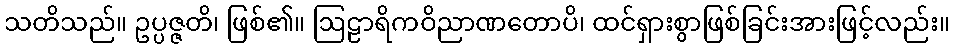
သတိသည်။ ဥပ္ပဇ္ဇတိ၊ ဖြစ်၏။ ဩဠာရိကဝိညာဏတောပိ၊ ထင်ရှားစွာဖြစ်ခြင်းအားဖြင့်လည်း။